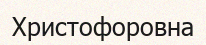
Христофоровна